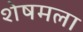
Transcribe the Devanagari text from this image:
शेषमला